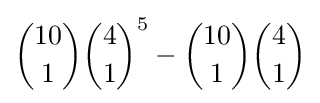
{10 \choose 1}{4 \choose 1}^{5}-{10 \choose 1}{4 \choose 1}